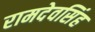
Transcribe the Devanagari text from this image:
रामदेवसिंह